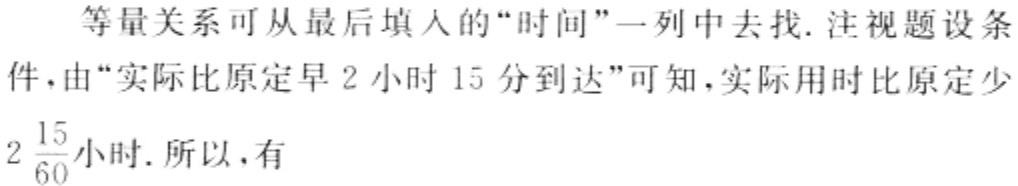
等量关系可从最后填入的“时间”一列中去找. 注视题设条件，由“实际比原定早 2 小时 15 分到达”可知，实际用时比原定少$2\frac{15}{60}$小时. 所以，有